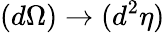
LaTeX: (d\Omega)\rightarrow(d^{2}\eta)